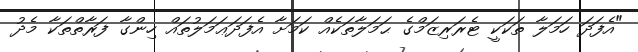
"އެފަދަ ހަމަލާ ތަކަކީ ޓެރަރިޒަމްގެ ޙަމަލާތަކެއް ކަމަށާ އެފަދަޢަމަލުތައް ހިންގާ ފަރާތްތަކާ މެދު